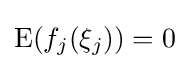
{\text{E}}(f_{j}(\xi _{j}))=0